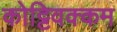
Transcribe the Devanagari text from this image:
कोट्टिवक्कम